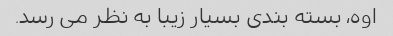
اوه، بسته بندی بسیار زیبا به نظر می رسد.